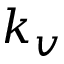
k _ { v }